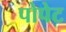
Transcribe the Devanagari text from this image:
पोपेट